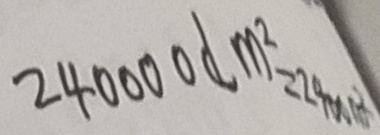
2 4 0 0 0 0 d m ^ { 2 } = 2 4 0 0 m ^ { 2 }